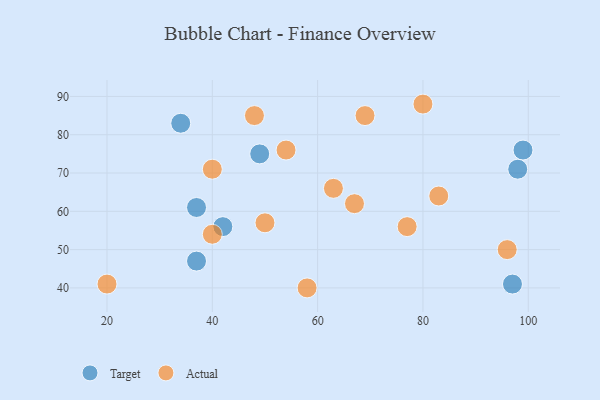
{"axis": {"x": "GDP", "y": "Life Expectancy"}, "legend": ["Actual", "Target"], "data": [{"x": "97", "y": 41, "type": "Target"}, {"x": "99", "y": 76, "type": "Target"}, {"x": "37", "y": 61, "type": "Target"}, {"x": "49", "y": 75, "type": "Target"}, {"x": "98", "y": 71, "type": "Target"}, {"x": "37", "y": 47, "type": "Target"}, {"x": "34", "y": 83, "type": "Target"}, {"x": "42", "y": 56, "type": "Target"}, {"x": "58", "y": 40, "type": "Actual"}, {"x": "40", "y": 71, "type": "Actual"}, {"x": "48", "y": 85, "type": "Actual"}, {"x": "40", "y": 54, "type": "Actual"}, {"x": "20", "y": 41, "type": "Actual"}, {"x": "77", "y": 56, "type": "Actual"}, {"x": "54", "y": 76, "type": "Actual"}, {"x": "63", "y": 66, "type": "Actual"}, {"x": "80", "y": 88, "type": "Actual"}, {"x": "83", "y": 64, "type": "Actual"}, {"x": "96", "y": 50, "type": "Actual"}, {"x": "50", "y": 57, "type": "Actual"}, {"x": "67", "y": 62, "type": "Actual"}, {"x": "69", "y": 85, "type": "Actual"}]}